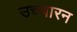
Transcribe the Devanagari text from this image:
उच्चारन